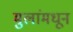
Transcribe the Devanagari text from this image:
मुलांमधून